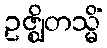
ဥဇ္ဈိတသ္မိံ